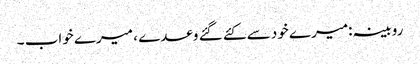
روبینہ:میرے خود سے کئے گئے وعدے ، میرے خواب ۔